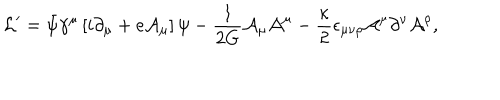
{ \cal L } ^ { \prime } = \bar { \psi } \gamma ^ { \mu } \left[ i \partial _ { \mu } + e { \cal A } _ { \mu } \right] \psi - \frac { 1 } { 2 G } { \cal A } _ { \mu } { \cal A } ^ { \mu } - \frac { \kappa } { 2 } \epsilon _ { \mu \nu \rho } { \cal A } ^ { \mu } \partial ^ { \nu } { \cal A } ^ { \rho } ,